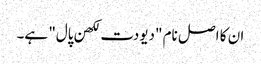
ان کا اصل نام "دیودت لکھن پال" ہے۔